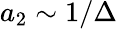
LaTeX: a_{2}\sim 1/\Delta